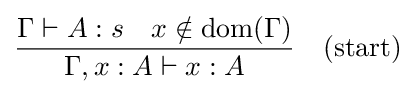
{\frac {\Gamma \vdash A:s\quad x\notin {\text{dom}}(\Gamma )}{\Gamma ,x:A\vdash x:A}}\quad {\text{(start)}}